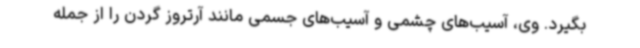
بگیرد. وی، آسیب‌های چشمی و آسیب‌های جسمی مانند آرتروز گردن را از جمله